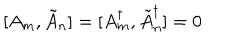
[ A _ { m } , \tilde { A } _ { n } ] = [ A _ { m } ^ { \dagger } , \tilde { A } _ { n } ^ { \dagger } ] = 0